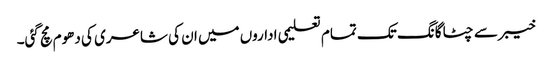
خیبر سے چٹاگانگ تک تمام تعلیمی اداروں میں ان کی شاعری کی دھوم مچ گئی۔